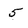
Character: 5